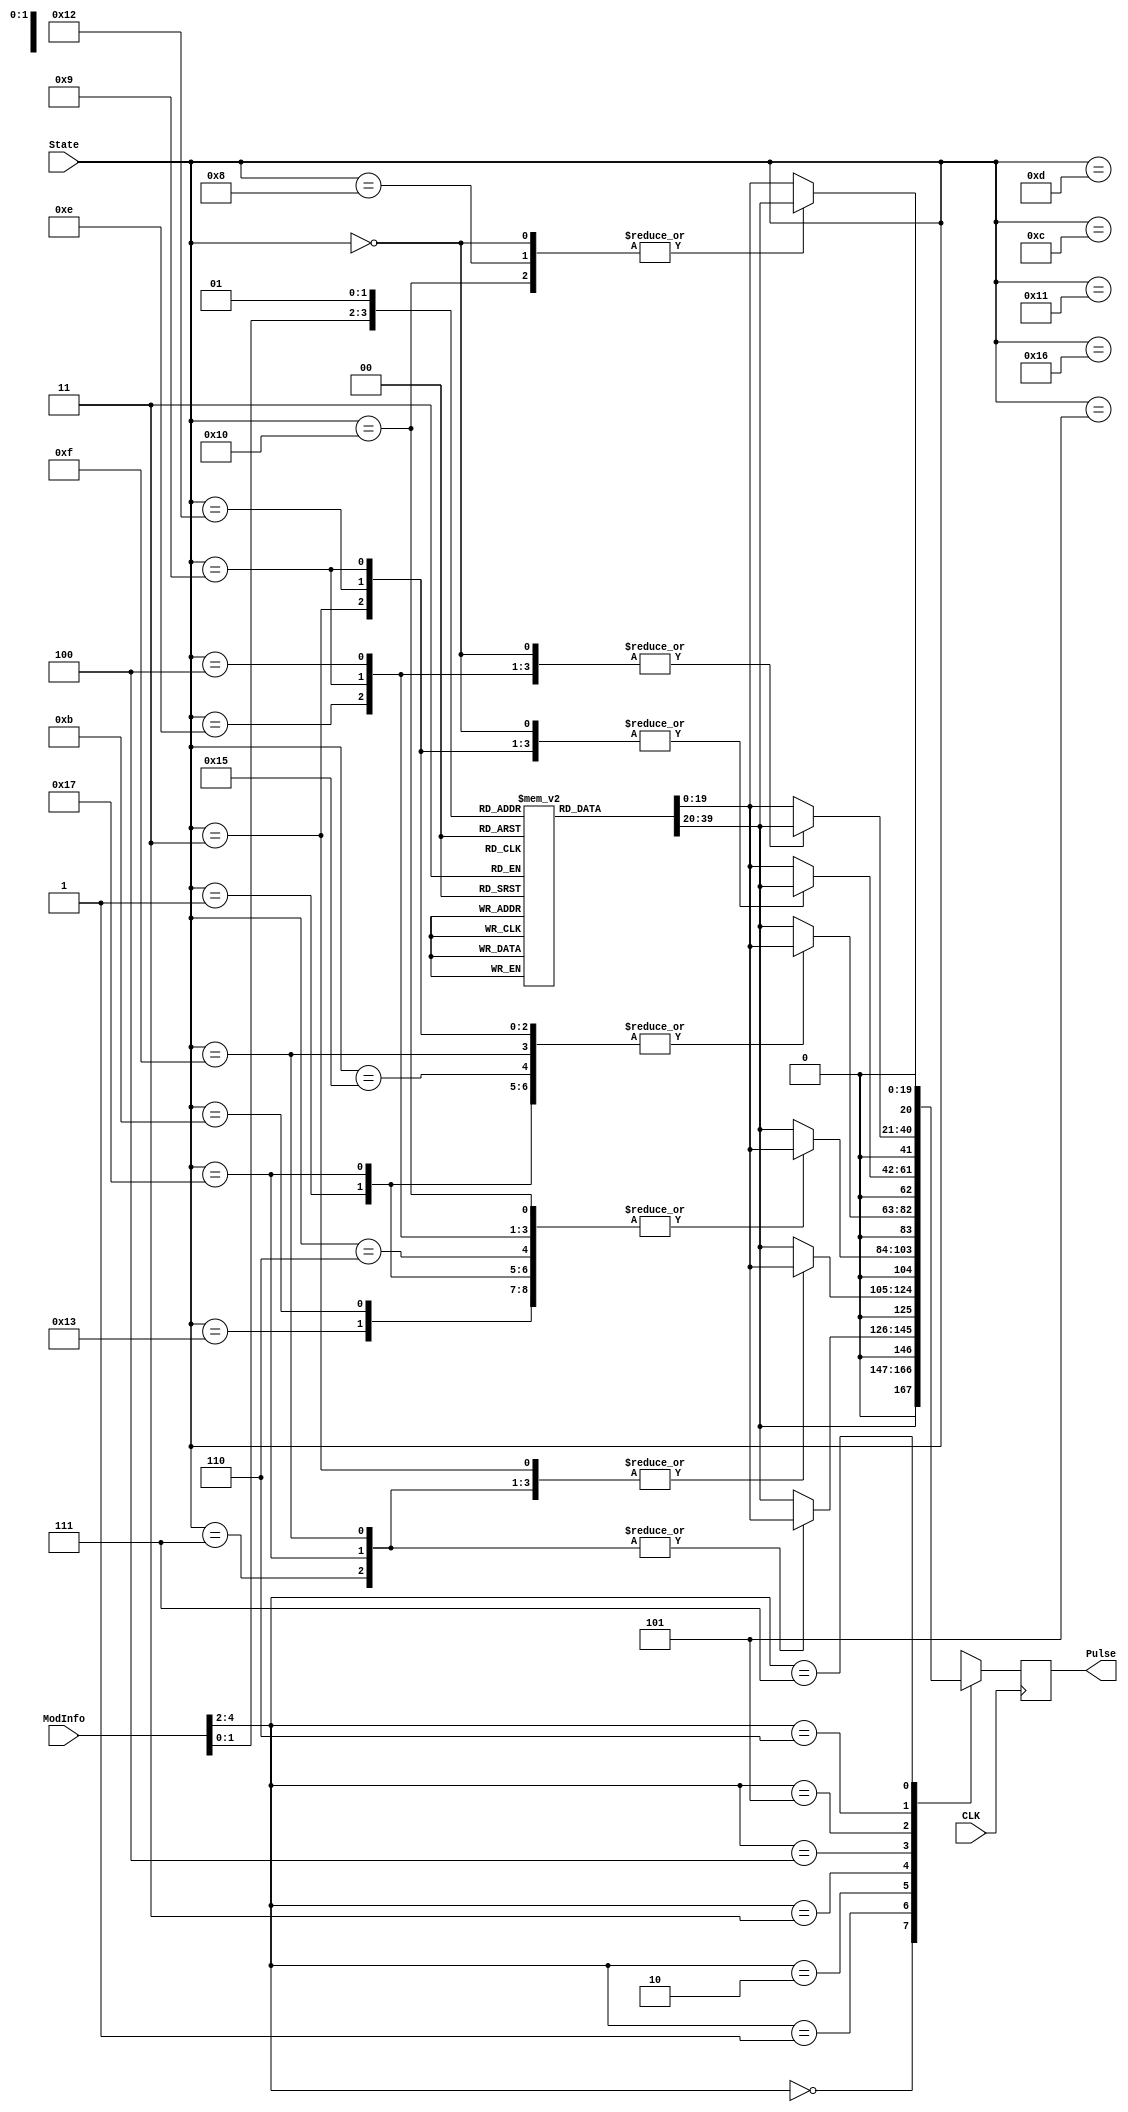
`timescale 1ns / 1ps
//////////////////////////////////////////////////////////////////////////////////
// Company: 
// Engineer: 
// 
// Design Name: 
// Module Name:    PullseModulation 
// Project Name: 
// Target Devices: 
// Tool versions: 
// Description: 
//
// Dependencies: 
//
// Revision: 
// Revision 0.01 - File Created
// Additional Comments: 
//
//////////////////////////////////////////////////////////////////////////////////
module PulseModulation(
	input CLK,
	input [4:0] ModInfo,
	input [4:0] State,
	output reg[20:0] Pulse
	);
	parameter [27:0] CLK_RATE = 100000000; //Clock Rate, 100 MHz for Nexys 3
	reg [19:0] direction [2:0];

	initial begin
		direction[0] = CLK_RATE/1000; //Forward, 1 ms
		direction[1] = 150000;  //CLK_RATE/667, Neutral, 1.5 ms
		direction[2] = CLK_RATE/500; //Reverse, 2 ms
	end
	
	always @(posedge CLK) begin
		case(ModInfo[4:2]) //Bits with PWM info
			0:Pulse <= direction[ModInfo[1:0]]; //No PWM, 100% of Power
			1:	case(State) //87.5% of Power
					7,15,23:Pulse <= direction[1]; //Neutral(off) state
					default:Pulse <= direction[ModInfo[1:0]];
				endcase
			2:	case(State) //75% of Power
					3,7,11,15,19,23:Pulse <= direction[1]; //Neutral(off) state
					default:Pulse <= direction[ModInfo[1:0]];
				endcase
			3:	case(State) //62.5% of Power
				1,4,6,9,11,14,16,19,23:Pulse <= direction[1]; //Neutral(off) state
				default:Pulse <= direction[ModInfo[1:0]];
				endcase
			4:	case(State) //50% of Power
					1,3,5,7,9,11,13,15,17,18,19,21,23:Pulse <= direction[1]; //Neutral(off) state
					default:Pulse <= direction[ModInfo[1:0]];
				endcase
			5:	case(State) //37.5% of Power
					0,3,6,9,12,15,18,21,23:Pulse <= direction[ModInfo[1:0]];
					default:Pulse <= direction[1]; //Neutral(off) state
				endcase
			6:	case(State) //25% of Power
					0,4,9,14,18,22:Pulse <= direction[ModInfo[1:0]];
					default:Pulse <= direction[1]; //Neutral(off) state
				endcase
			7: case(State) //12.5% of Power
					0,8,16:Pulse <= direction[ModInfo[1:0]];
					default:Pulse <= direction[1]; //Neutral(off) state
				endcase
		endcase		
	end
endmodule